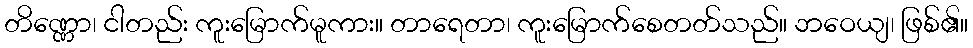
တိဏ္ဏော၊ ငါတည်း ကူးမြောက်မူကား။ တာရေတာ၊ ကူးမြောက်စေတတ်သည်။ ဘဝေယျ၊ ဖြစ်၏။